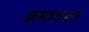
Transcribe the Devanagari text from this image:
क्रमावरून